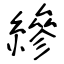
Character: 縿